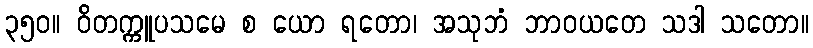
၃၅၀။ ဝိတက္ကူပသမေ စ ယော ရတော၊ အသုဘံ ဘာဝယတေ သဒါ သတော။